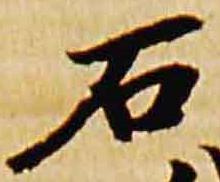
石